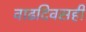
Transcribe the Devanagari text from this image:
वाढदिवसही